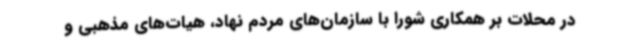
در محلات بر همکاری شورا با سازمان‌های مردم نهاد، هیات‌های مذهبی و